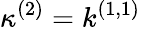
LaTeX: \kappa^{(2)}=k^{(1,1)}